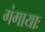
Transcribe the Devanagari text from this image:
गंगायाः